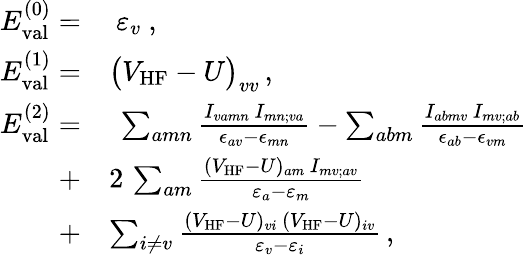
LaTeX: \begin{array}{rl}{E_{\mathrm{val}}^{(0)}=}&{\ \varepsilon_{v}\ ,}\\ {E_{\mathrm{val}}^{(1)}=}&{\big(V_{\mathrm{HF}}-U\big)_{vv}\, ,}\\ {E_{\mathrm{val}}^{(2)}=}&{\ \sum_{amn}\frac{I_{vamn}\, I_{mn;va}}{\epsilon_{av}-\epsilon_{mn}}-\sum_{abm}\frac{I_{abmv}\, I_{mv;ab}}{\epsilon_{ab}-\epsilon_{vm}}}\\ {+}&{2\, \sum_{am}\frac{(V_{\mathrm{HF}}-U)_{am}\, I_{mv;av}}{\varepsilon_{a}-\varepsilon_{m}}}\\ {+}&{\sum_{i\neq v}\frac{(V_{\mathrm{HF}}-U)_{vi}\, (V_{\mathrm{HF}}-U)_{iv}}{\varepsilon_{v}-\varepsilon_{i}}\, ,}\end{array}